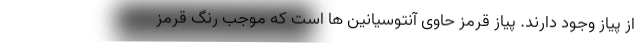
از پیاز وجود دارند. پیاز قرمز حاوی آنتوسیانین ها است که موجب رنگ قرمز